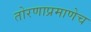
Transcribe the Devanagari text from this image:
तोरणाप्रमाणेच